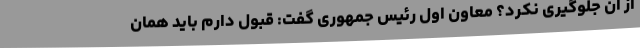
از آن جلوگیری نکرد؟ معاون اول رئیس جمهوری گفت: قبول دارم باید همان